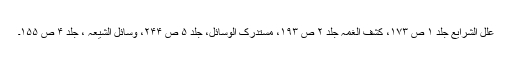
علل الشرایع جلد ۱ ص ۱۷۳، کشف الغمہ جلد ۲ ص ۱۹۳، مستدرک الوسائل، جلد ۵ ص ۲۴۴، وسائل الشیعہ ، جلد ۴ ص ۱۵۵۔